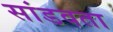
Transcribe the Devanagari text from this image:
सांडवता